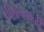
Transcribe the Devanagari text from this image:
भीमभवानी